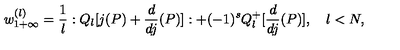
w _ { 1 + \infty } ^ { ( l ) } = \frac { 1 } { l } : Q _ { l } [ j ( P ) + \frac { d } { d j } ( P ) ] : + ( - 1 ) ^ { s } Q _ { l } ^ { + } [ \frac { d } { d j } ( P ) ] , \quad l < N ,